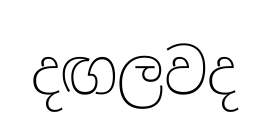
දඟලවද